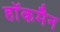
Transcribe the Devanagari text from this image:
हाॅकमैन